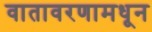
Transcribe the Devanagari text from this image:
वातावरणामधून